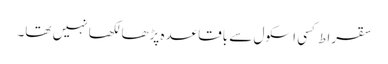
سقراط کسی اسکول سے باقاعدہ پڑھا لکھا نہیں تھا۔